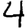
Digit: 4